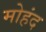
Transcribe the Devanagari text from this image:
मोहंद